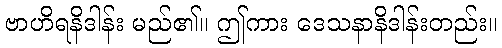
ဗာဟိရနိဒါန်း မည်၏။ ဤကား ဒေသနာနိဒါန်းတည်း။